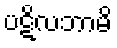
ပဋိလဘာမိ